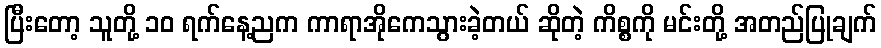
ပြီးတော့ သူတို့ ၁၀ ရက်နေ့ညက ကာရာအိုကေသွားခဲ့တယ် ဆိုတဲ့ ကိစ္စကို မင်းတို့ အတည်ပြုချက်